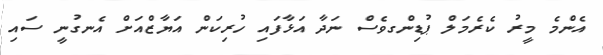
އެންމެ މީރު ކެރެމަލް ޕުޑިންގވެސް ނަދާ އަޅާފައި ހުރިކަން އަޔާޒްއަށް އެނގުނީ ސައި